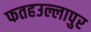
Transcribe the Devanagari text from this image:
फतहउल्लापुर